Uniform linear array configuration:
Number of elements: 48
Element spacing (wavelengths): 0.75
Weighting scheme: kaiser
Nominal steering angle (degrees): -30
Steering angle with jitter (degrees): -29.204
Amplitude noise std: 0.05
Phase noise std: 0.05

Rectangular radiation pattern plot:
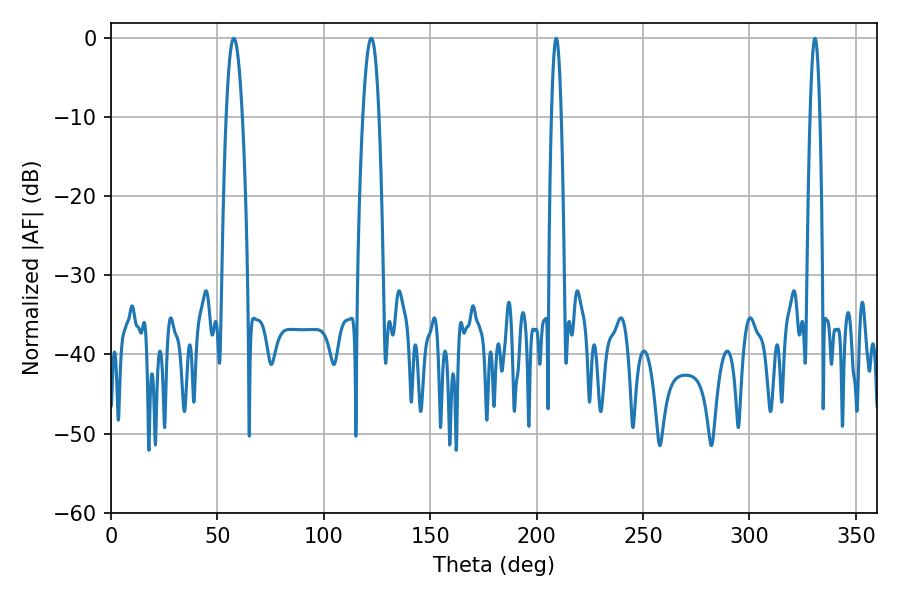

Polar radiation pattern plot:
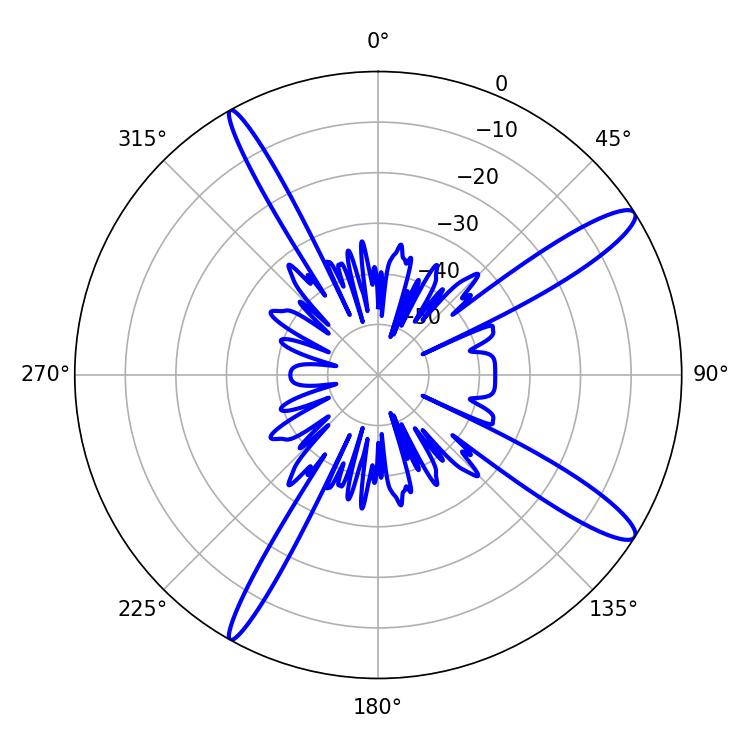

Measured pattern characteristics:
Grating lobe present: TRUE
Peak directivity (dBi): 13.622
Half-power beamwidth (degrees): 4.14
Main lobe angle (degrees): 57.78